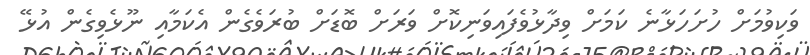
ވަކިވުމަށް ހުށަހަޅާނެ ކަމަށް ވިދާޅުވެފައިވަނިކޮށް ވަރަށް ބޮޑަށް ބުރަވެގެން އެކަމާއި ނޫޅެވިގެން އުޅޭ